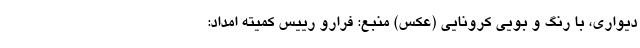
دیواری، با رنگ و بویی کرونایی (عکس) منبع: فرارو رییس کمیته امداد: